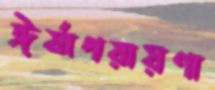
ঈর্ষাপরায়ণা